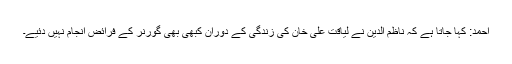
احمد: کہا جاتا ہے کہ ناظم الدین نے لیاقت علی خان کی زندگی کے دوران کبھی بھی گورنر کے فرائض انجام نہیں دئیے۔